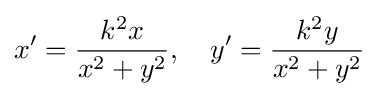
x^{\prime }={\frac {k^{2}x}{x^{2}+y^{2}}},\quad y^{\prime }={\frac {k^{2}y}{x^{2}+y^{2}}}